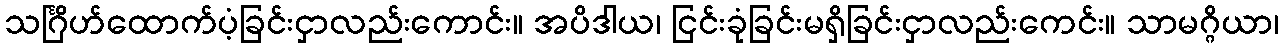
သင်္ဂြိဟ်ထောက်ပံ့ခြင်းငှာလည်းကောင်း။ အပိဒါယ၊ ငြင်းခုံခြင်းမရှိခြင်းငှာလည်းကေင်း။ သာမဂ္ဂိယာ၊